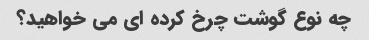
چه نوع گوشت چرخ کرده ای می خواهید؟